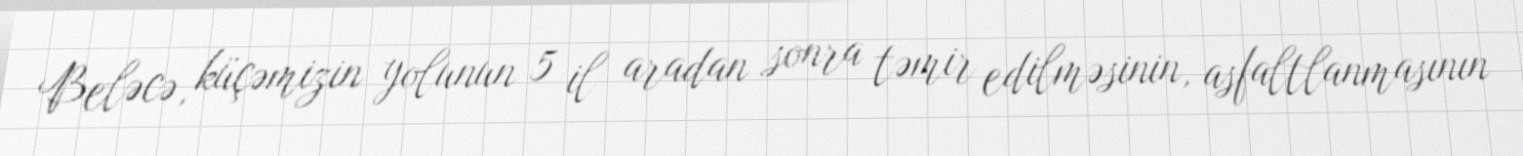
Beləcə, küçəmizin yolunun 5 il aradan sonra təmir edilməsinin, asfaltlanmasının